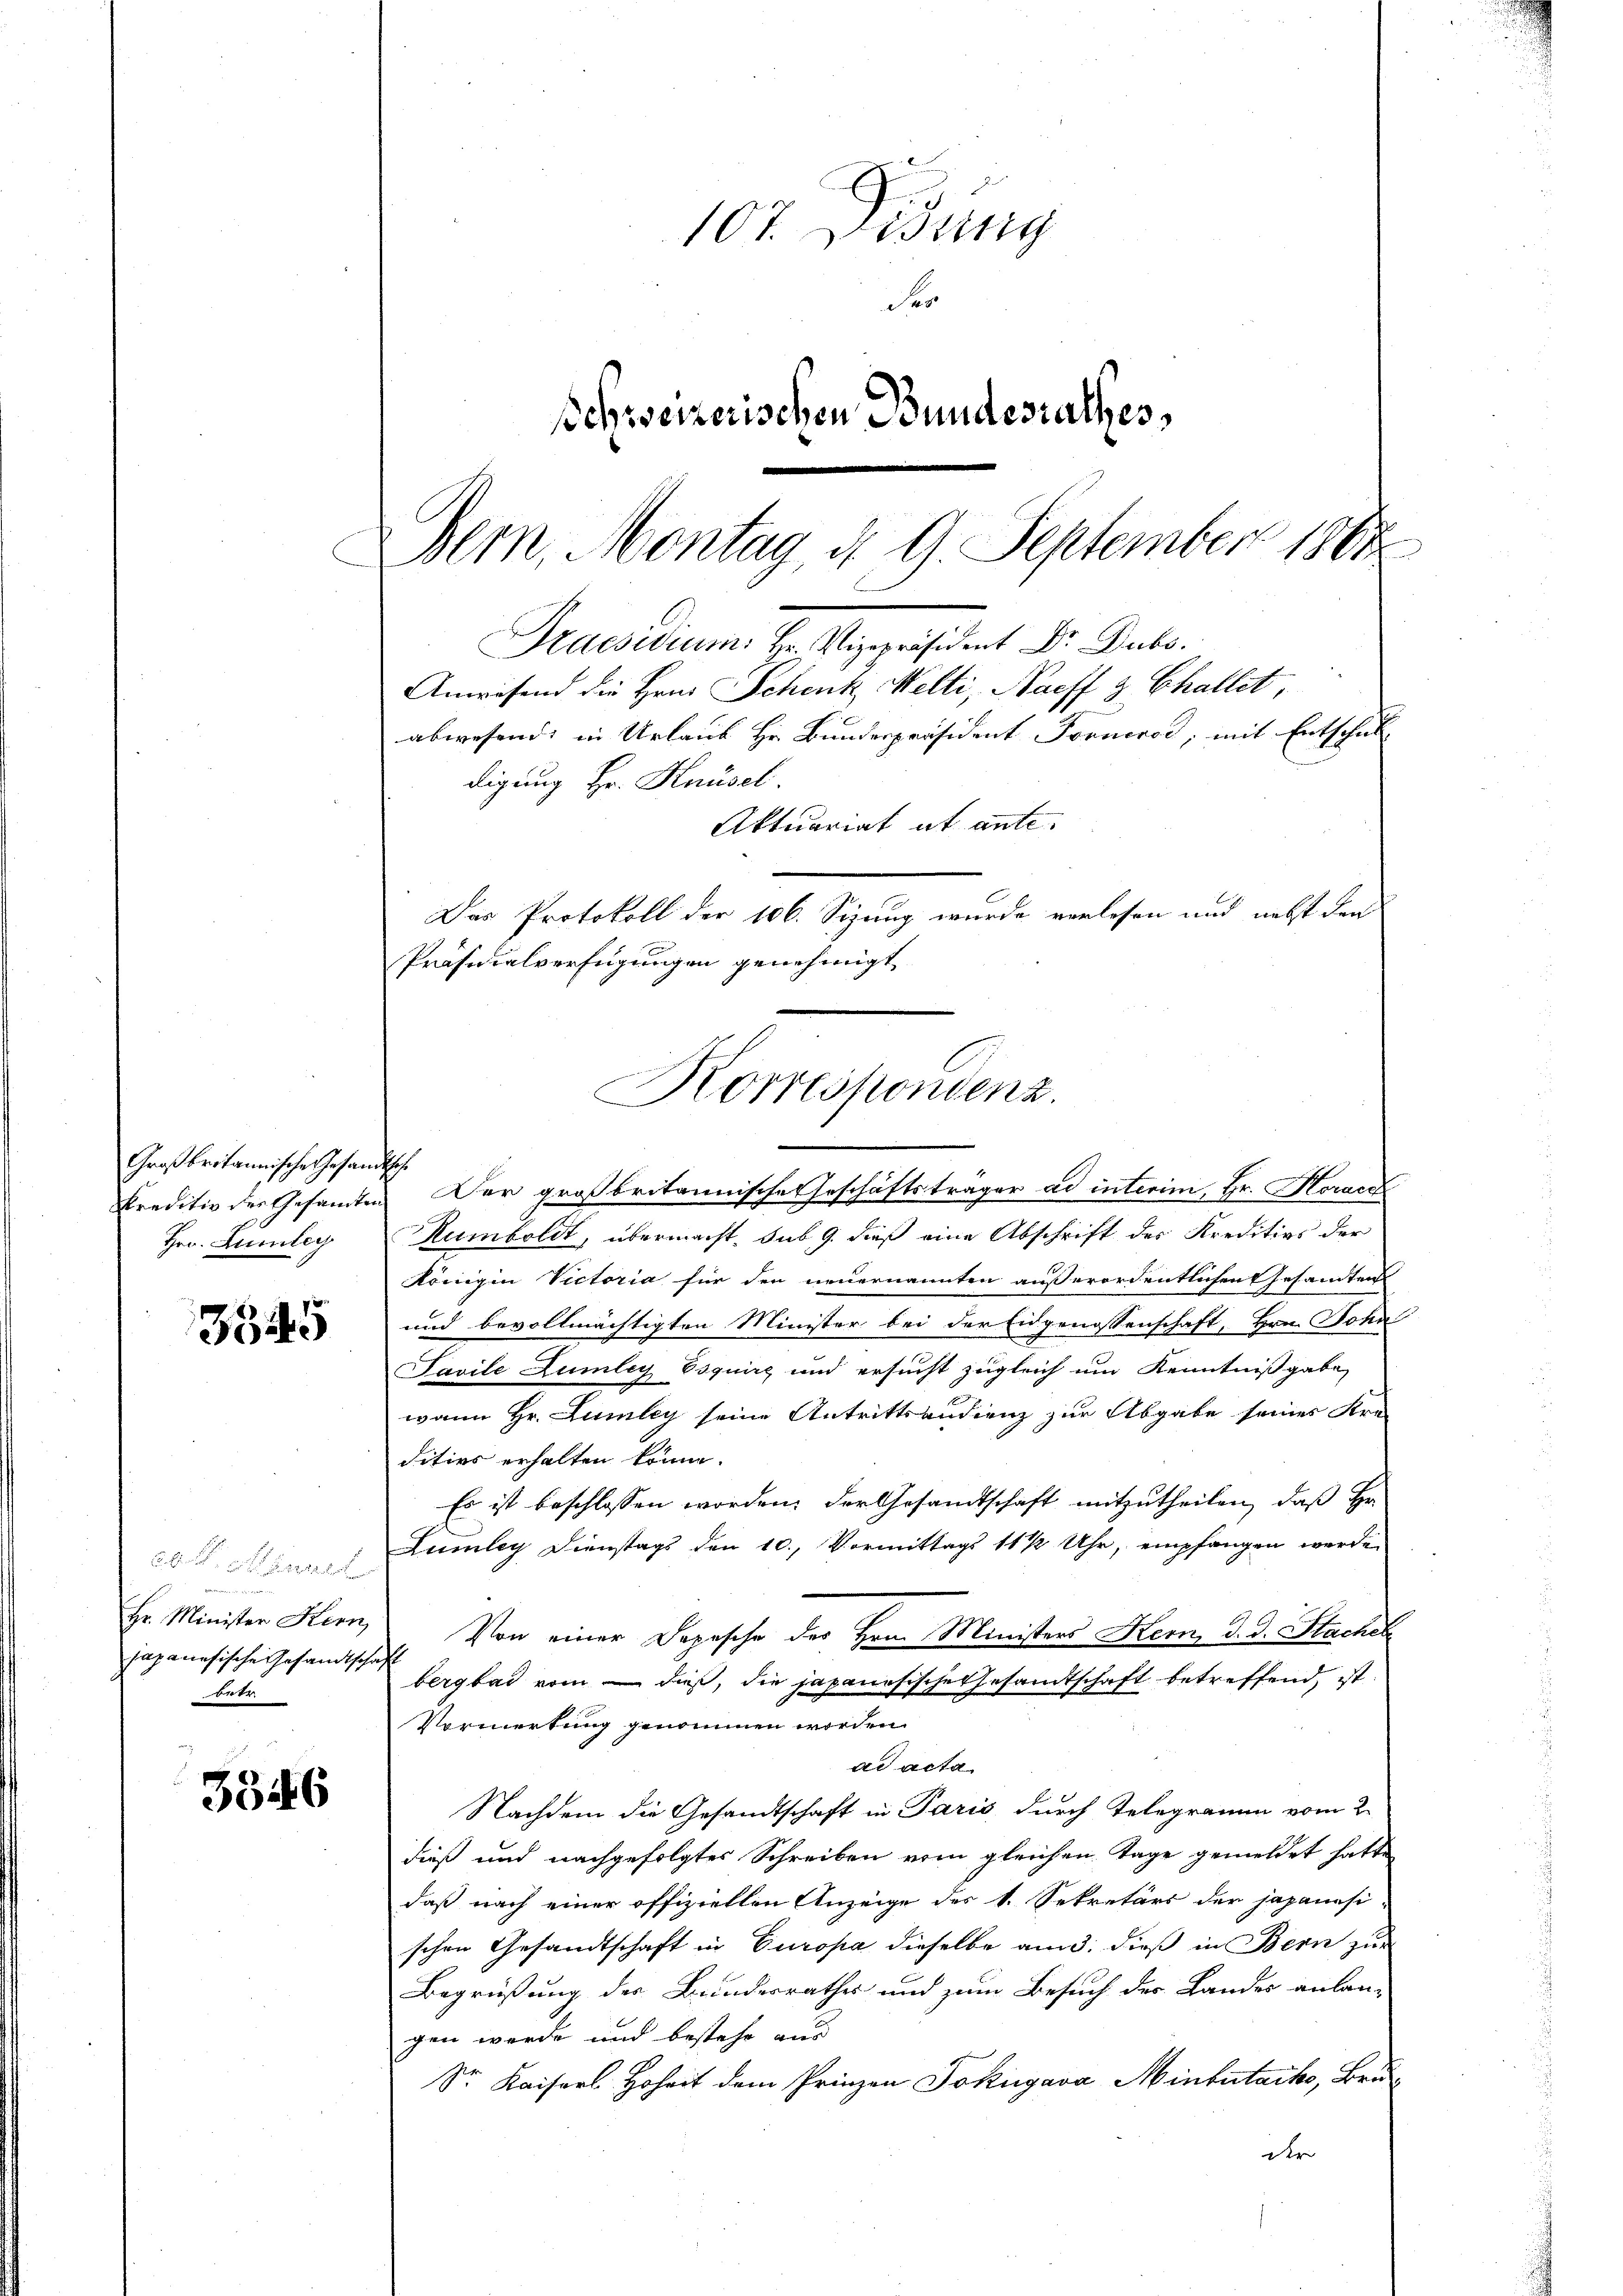
Großbritannische Gesam
Hrn. Zumleg

3545

.
Hr. Minister Kern,
japanesische Gesandtscha
beer

3346

107. Didung
er
schweizerischen Bundesrathes,

Bern, Montag, d. 9. September 1864
Praesidium. Hr. Vizepräsident Dr. Dubo.
Anwesend die Hrn. Schenk Welti, Naeff 3. Challet,
abwesend: in Urlaub Hr. Bundespräsident Forneros, mit Entschul-

digung Hr. Knüsel.
Aktuariat et ante.
Kreditiv der Gesandten. Der großbritannische Geschäftsträger ad interim, Hr. Horaed
Humboldt, übermacht, sub 9. dieß eine Abschrift des Kreditivs der
Königen Victoria für den neuernannten außerordentlichen Gesandten
und bevollmächtigten Minister bei der Eidgenossenschaft, Hrn. John
Pavile Zumley Esquire und ersucht zugleich um Kenntnißgabe,
wann Hr. Lumley seine Antrittsandienz zur Abgabe seines Kre-
ditivs erhalten könne.
Es ist beschlossen worden, der Gesandtschaft mitzutheilen, daß Hr.
Lumley Dienstags den 10. Vormittags 11 ½ Uhr, empfangen werde.
Von einer Depesche der Hrn. Ministers Kern, d. d. Stackel
c
bergbad vom – dieß, die japanesische Gesamtschaft betreffend, ist
Vormerkung genommen worden.
ad acta
Nachdem die Gesandtschaft in Paris durch Telegramm vom 2.
dieß und nachgefolgtes Schreiben vom gleichen Tage gemeldet hatte
daß nach einer offiziellen Anzeige des 1. Sekretärs der japanisi-
schen Gesandtschaft in Europa dieselbe am 3. dieß in Bern zur
Begrüßung der Bundesrathes und zum Besuch des Landes anlangen werde und bestehe aus
Sr. Kaiserl. Hoheit dem Prinzen Jokigava Minbutaiko, Bru-
der

Das Protokoll der 106. Sizung wurde verlesen und nebst den
Präsidialverfügungen genehmigt,
Korrespondenz.
s

u